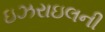
ઇઝરાઇલની